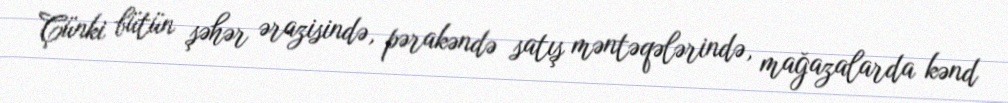
Çünki bütün şəhər ərazisində, pərakəndə satış məntəqələrində, mağazalarda kənd